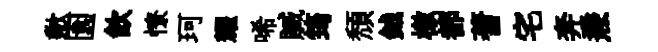
歉園飮憭珂耀唏贓筠頹鉞檄都蓍宅奔燾